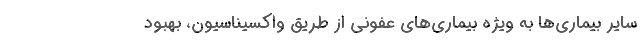
سایر بیماری‌ها به ویژه بیماری‌های عفونی از طریق واکسیناسیون، بهبود